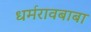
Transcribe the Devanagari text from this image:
धर्मरावबाबा